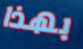
بهذا